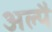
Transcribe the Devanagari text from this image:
अल्पै